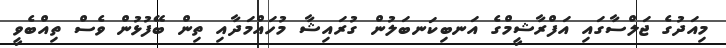
މިއަދުގެ ޖަލްސާގައި އަފްރާޝީމްގެ އަނބިކަނބަލުން ގުރައިޝާ މުހައްމަދާއި ތިން ބޭފުޅުން ވެސް ތިއްބެވީ